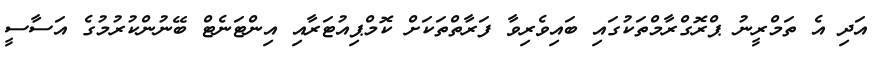
އަދި އެ ތަމްރީނު ޕްރޮގްރާމްތަކުގައި ބައިވެރިވާ ފަރާތްތަކަށް ކޮމްޕިއުޓަރާއި އިންޓަނެޓް ބޭނުންކުރުމުގެ އަސާސީ